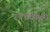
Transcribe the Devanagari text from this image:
रक्तवर्णी